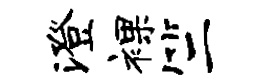
澄裸竺